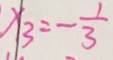
x _ { 3 } = - \frac { 1 } { 3 }